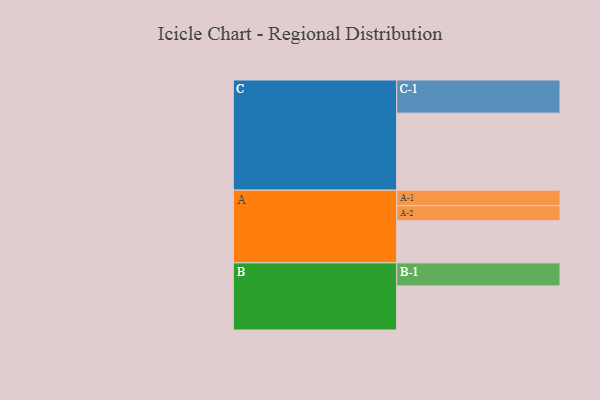
{"axis": {"x": "Segment", "y": "Value"}, "legend": ["", "A", "B", "C"], "data": [{"x": "A", "y": 325, "type": ""}, {"x": "B", "y": 340, "type": ""}, {"x": "C", "y": 594, "type": ""}, {"x": "A-1", "y": 120, "type": "A"}, {"x": "A-2", "y": 116, "type": "A"}, {"x": "B-1", "y": 178, "type": "B"}, {"x": "C-1", "y": 256, "type": "C"}]}